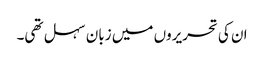
ان کی تحریروں میں زبان سہل تھی۔